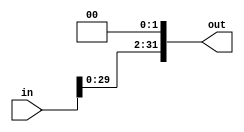
module Shifter2(in, out);
	input [31:0] in;
	output [31:0] out;
	assign out = in << 2;
endmodule